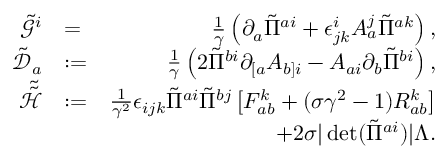
\begin{array} { r l r } { \tilde { \mathcal { G } } ^ { i } } & { = } & { \frac { 1 } { \gamma } \left( \partial _ { a } \tilde { \Pi } ^ { a i } + \epsilon ^ { i } _ { j k } A _ { a } ^ { j } \tilde { \Pi } ^ { a k } \right) , } \\ { \tilde { \mathcal { D } } _ { a } } & { : = } & { \frac { 1 } { \gamma } \left( 2 \tilde { \Pi } ^ { b i } \partial _ { [ a } A _ { b ] i } - A _ { a i } \partial _ { b } \tilde { \Pi } ^ { b i } \right) , } \\ { \tilde { \tilde { \mathcal { H } } } } & { : = } & { \frac { 1 } { \gamma ^ { 2 } } \epsilon _ { i j k } \tilde { \Pi } ^ { a i } \tilde { \Pi } ^ { b j } \left[ F _ { a b } ^ { k } + ( \sigma \gamma ^ { 2 } - 1 ) R _ { a b } ^ { k } \right] } \\ & { } & { + 2 \sigma | \operatorname* { d e t } ( \tilde { \Pi } ^ { a i } ) | \Lambda . } \end{array}